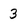
Character: 3